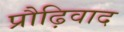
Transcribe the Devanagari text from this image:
प्रौढ़िवाद